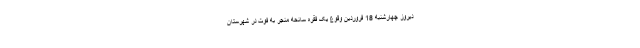
دیروز چهارشنبه 18 فروردین وقوع یک فقره سانحه منجر به فوت در شهرستان